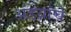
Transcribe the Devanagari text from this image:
अंडय़ांचे